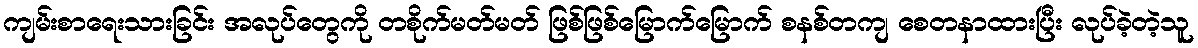
ကျမ်းစာရေးသားခြင်း အလုပ်တွေကို တစိုက်မတ်မတ် ဖြစ်ဖြစ်မြောက်မြောက် စနစ်တကျ စေတနာထားပြီး လုပ်ခဲ့တဲ့သူ